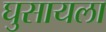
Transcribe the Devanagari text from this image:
घुसायला